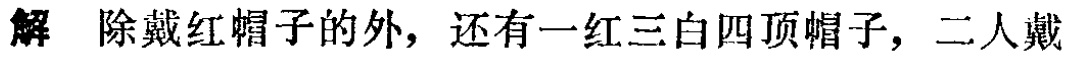
解 除戴红帽子的外，还有一红三白四顶帽子，二人戴